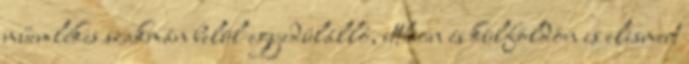
műemlékes szakmán belül egyedülálló, itthon és külföldön is elismert